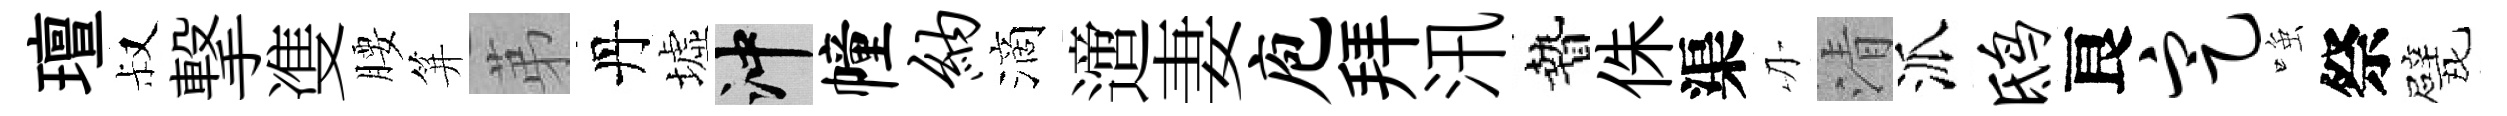
璮叔撃㕠腰笄苐丹墟冲幢纳滴𨗁妻庖拜汛贄侏渠刃清派鸱良定𫪻祭戏